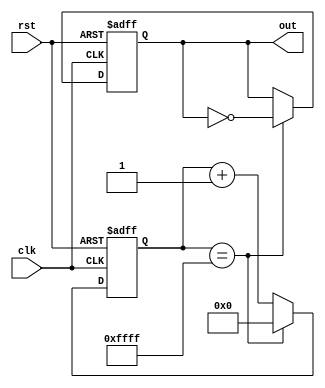
module RC_Delay (
    input wire clk,
    input wire rst,
    output reg out
);

reg [15:0] count;

always @ (posedge clk or posedge rst) begin
    if (rst) begin
        count <= 16'b0;
        out <= 1'b0;
    end else begin
        if (count == 16'd65535) begin
            out <= !out;
            count <= 16'b0;
        end else begin
            count <= count + 1;
        end
    end
end

endmodule